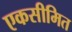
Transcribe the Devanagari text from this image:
एकसीमित